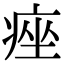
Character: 痤